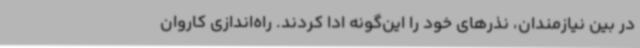
در بین نیازمندان، نذرهای خود را این‌گونه ادا کردند. راه‌اندازی کاروان